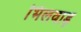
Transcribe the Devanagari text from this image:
भिलवाड़